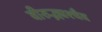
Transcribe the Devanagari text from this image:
वीरुद्भ्यश्चैव